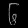
Digit: ၆